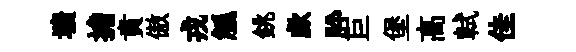
壙擔賁傲戎觚銚歔肸巨堡高軾佳